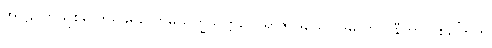
အာဠဝကသူစိလောမခရလောမယက္ခသက္ကဒေဝရာဇာဒယော ဒမိတာ ဝိနီတာ ဝိစိတြေဟိ